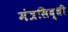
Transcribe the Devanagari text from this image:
मंत्रसिद्धी